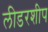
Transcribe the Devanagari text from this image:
लीडरशीप